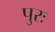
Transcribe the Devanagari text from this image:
पुरः